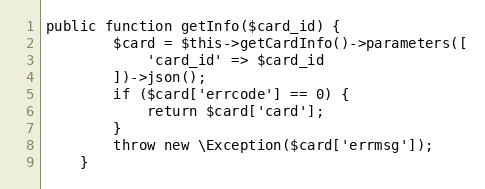
Language: PHP
public function getInfo($card_id) {
        $card = $this->getCardInfo()->parameters([
            'card_id' => $card_id
        ])->json();
        if ($card['errcode'] == 0) {
            return $card['card'];
        }
        throw new \Exception($card['errmsg']);
    }